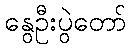
နွေဦးပွဲတော်